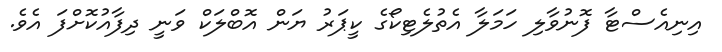
އިނިއެސްޓާ ފޮނުވާލި ހަމަލާ އެތުލެޓިކޯގެ ކީޕަރު ޔަން އޮބްލަކް ވަނީ ދިފާއުކޮށްފަ އެވެ.